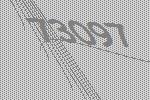
73097